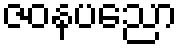
ဇဝနပညော